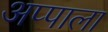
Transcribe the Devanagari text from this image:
अप्पाला